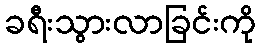
ခရီးသွားလာခြင်းကို